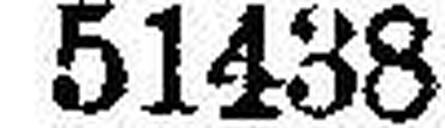
51438